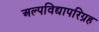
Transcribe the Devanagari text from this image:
अल्पविद्यापरिग्रह